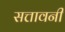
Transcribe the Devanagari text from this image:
सत्तावनी